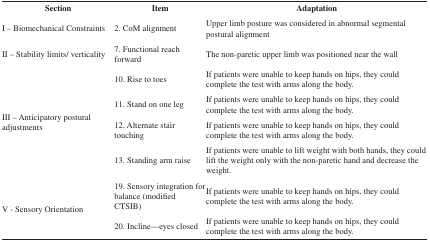
| Section | Item | Adaptation |
 | --- | --- | --- |
 | I – Biomechanical Constraints | 2. CoM alignment | Upper limb posture was consideredin abnormal segmental postural alignment |
 | II – Stability limits/verticality | 7. Functional reach forward | The non-paretic upper limb waspositioned near the wall |
 | <ROWSPAN=4> III – Anticipatory posturaladjustments | 10. Rise to toes | If patients were unable to keephands on hips, they could complete the test with arms along thebody. |
 | 11. Stand on one leg | If patients were unable to keephands on hips, they could complete the test with arms along thebody. |
 | 12. Alternate stair touching | If patients were unable to keephands on hips, they could complete the test with arms along thebody. |
 | 13. Standing arm raise | If patients were unable to liftweight with both hands, they could lift the weight only with thenon-paretic hand and decrease the weight. |
 | <ROWSPAN=2> V - Sensory Orientation | 19. Sensory integration forbalance (modi?edCTSIB) | If patients were unable to keephands on hips, they could complete the test with arms along thebody. |
 | 20. Incline—eyes closed | If patients were unable to keephands on hips, they could complete the test with arms along thebody. |